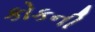
કોકની